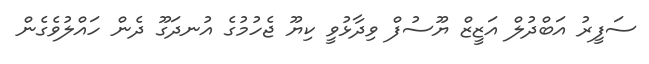
ސަފީރު އަބްދުލް އަޒީޒް ޔޫސުފް ވިދާޅުވީ ކިޔޫ ޖެހުމުގެ އުނދަގޫ ދެން ހައްލުވެގެން